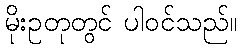
မိုးဥတုတွင် ပါဝင်သည်။